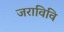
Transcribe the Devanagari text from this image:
जराविवि